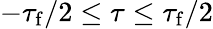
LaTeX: -\tau_{\mathrm{f}}/2\leq\tau\leq\tau_{\mathrm{f}}/2